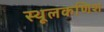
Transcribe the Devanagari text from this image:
स्थूलकणिश